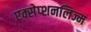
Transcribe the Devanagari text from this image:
एक्सेप्शनलिज्म